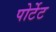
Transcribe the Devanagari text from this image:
पोर्टेट